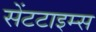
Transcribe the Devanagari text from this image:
सेंटटाइम्स